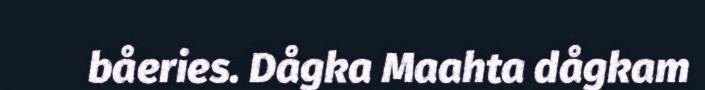
båeries. Dågka Maahta dågkam